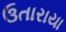
ઉતારાયા